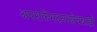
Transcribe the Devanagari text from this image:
अपरार्केमदनरत्नेचब्राह्मे